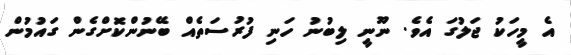
އެ މީހަކު ޖަލުގަ އެވެ. ނޫނީ ލިބުނު ހަނި ފުރުސަތެއް ބޭނުންކޮށްގެން ގައުމުން